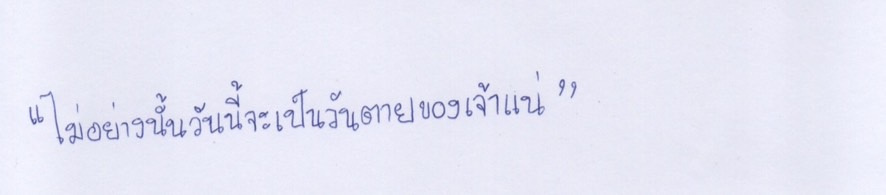
"ไม่อย่างนั้นวันนี้จะเป็นวันตายของเจ้าแน่"